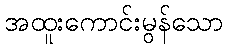
အထူးကောင်းမွန်သော